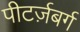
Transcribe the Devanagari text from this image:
पीटर्ज़बर्ग